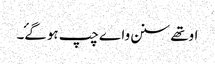
اوتھے سنن واے چپ ہوگۓ۔